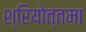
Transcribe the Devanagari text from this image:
श्रियोत्तमा